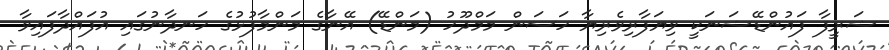
ޝަރީފާ ފައުންޑޭޝަނަކީ ވިޔަފާރިވެރިޔާ ހަސަން މަމްދޫހު (މަންޑޭ) އޭނާގެ މަންމާފުޅުގެ ހަނދާނުގައި އުފައްދާފައިވާ